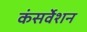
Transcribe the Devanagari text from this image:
कंसर्वेशन